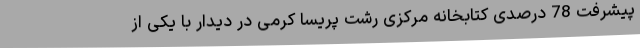
پیشرفت 78 درصدی کتابخانه مرکزی رشت پریسا کرمی در دیدار با یکی از